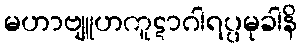
မဟာဗျူဟကူဋာဂါရပ္ပမုခါနိ